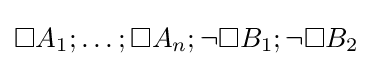
\Box A_{1};\ldots ;\Box A_{n};\neg \Box B_{1};\neg \Box B_{2}